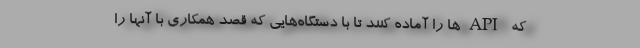
که API‌ها را آماده کنند تا با دستگاه‌هایی که قصد همکاری با آنها را